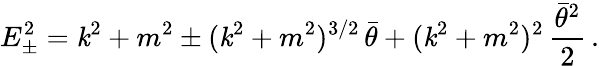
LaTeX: E_{\pm}^{2}=\mathit{k}^{2}+m^{2}\pm(\mathit{k}^{2}+m^{2})^{3/2}\, \bar{{\theta}}+(\mathit{k}^{2}+m^{2})^{2}\, \frac{{\bar{{\theta}}^{2}}}{{2}}\, .